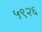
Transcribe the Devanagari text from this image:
५९२६